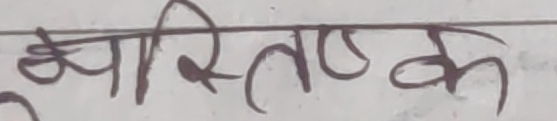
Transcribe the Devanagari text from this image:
व्याप्तिष्क